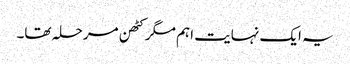
یہ ایک نہایت اہم مگر کٹھن مرحلہ تھا۔